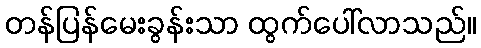
တန်ပြန်မေးခွန်းသာ ထွက်ပေါ်လာသည်။